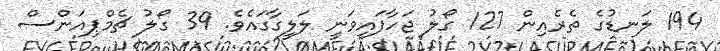
194 ލަނޑުގެ ތެރެއިން 127 ގޯލު ޖަހާފައިވަނީ ލަލީގާގައެވެ. 39 ގޯލު ޗެމްޕިއަންސް